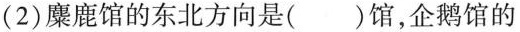
(2)麋鹿馆的东北方向是()馆，企鹅馆的